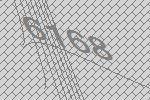
6168